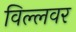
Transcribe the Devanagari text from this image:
विल्लवर